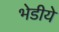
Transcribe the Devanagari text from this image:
भेडीये